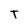
Character: T